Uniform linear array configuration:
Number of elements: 12
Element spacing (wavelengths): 0.5
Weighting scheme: hann
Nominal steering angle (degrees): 60
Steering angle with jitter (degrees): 59.627
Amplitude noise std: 0.05
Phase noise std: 0.05

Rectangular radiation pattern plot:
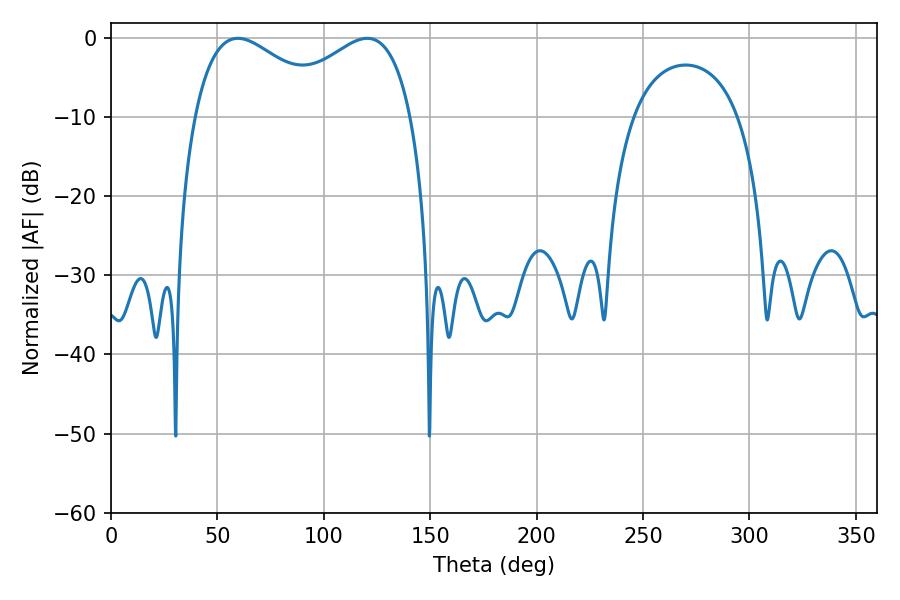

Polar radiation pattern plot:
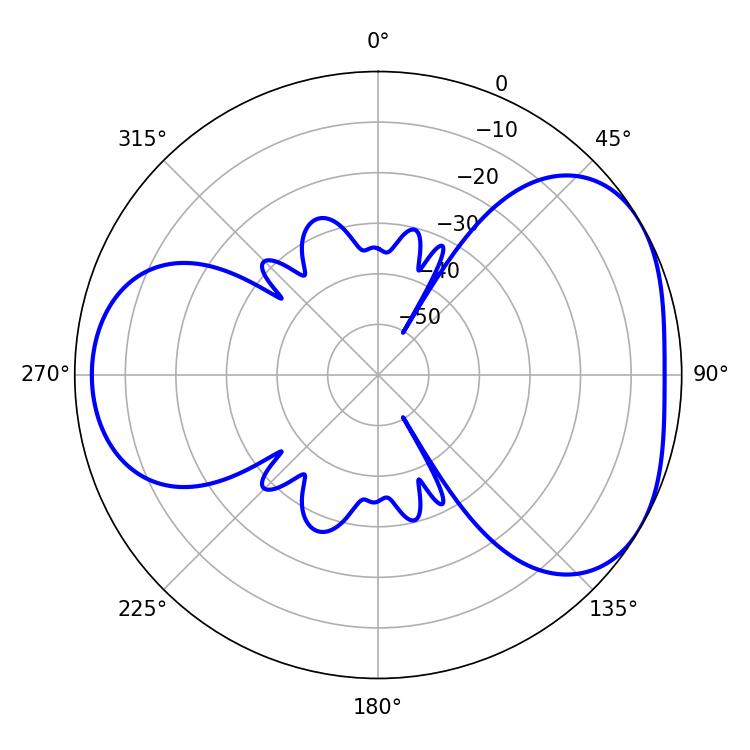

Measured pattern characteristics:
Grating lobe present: FALSE
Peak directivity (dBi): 4.217
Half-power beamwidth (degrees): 35.82
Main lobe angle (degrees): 59.58